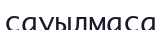
сауылмаса